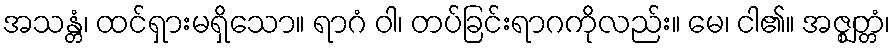
အသန္တံ၊ ထင်ရှားမရှိသော။ ရာဂံ ဝါ၊ တပ်ခြင်းရာဂကိုလည်း။ မေ၊ ငါ၏။ အဇ္ဈတ္တံ၊